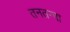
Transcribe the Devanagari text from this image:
तनतन्ना